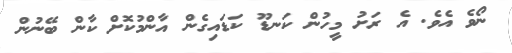
ނޯވެ އެވެ. އެ ރަށު މީހުން ކަނޑޫ ކަޑައިގެެން އާންމުކޮށް ކާން ބޭނުން